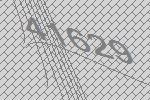
41629